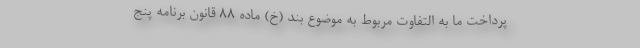
پرداخت ما به التفاوت مربوط به موضوع بند (خ) ماده ۸۸ قانون برنامه پنج